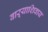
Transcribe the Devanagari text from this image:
वाऱ्याशिवाय